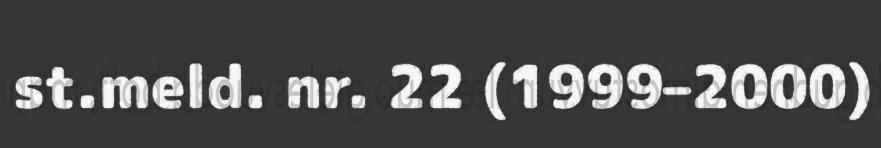
st.meld. nr. 22 (1999–2000)